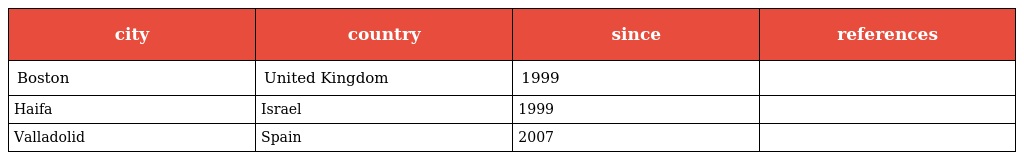
| city | country | since | references |
 | --- | --- | --- | --- |
 | Boston | United Kingdom | 1999 |  |
 | Haifa | Israel | 1999 |  |
 | Valladolid | Spain | 2007 |  |